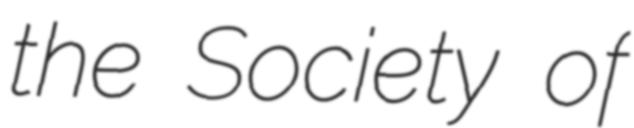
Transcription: the Society of